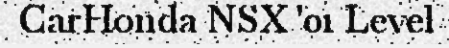
CarHonda NSX '01 Level